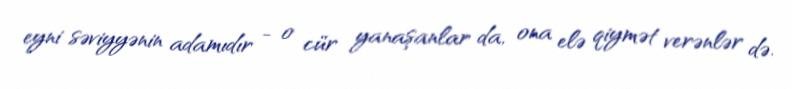
eyni səviyyənin adamıdır - o cür yanaşanlar da, ona elə qiymət verənlər də.